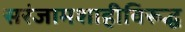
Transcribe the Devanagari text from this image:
सरंजामशाहीविरूद्ध